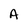
Character: A